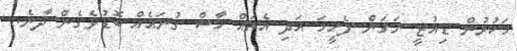
ހަކުރުން ޑިއުޓީ ނަގަން ފެށީމަ އަދި އެތައް ހާސް ގުނައެއް ބޮޑުވެގެން ދާނެ.